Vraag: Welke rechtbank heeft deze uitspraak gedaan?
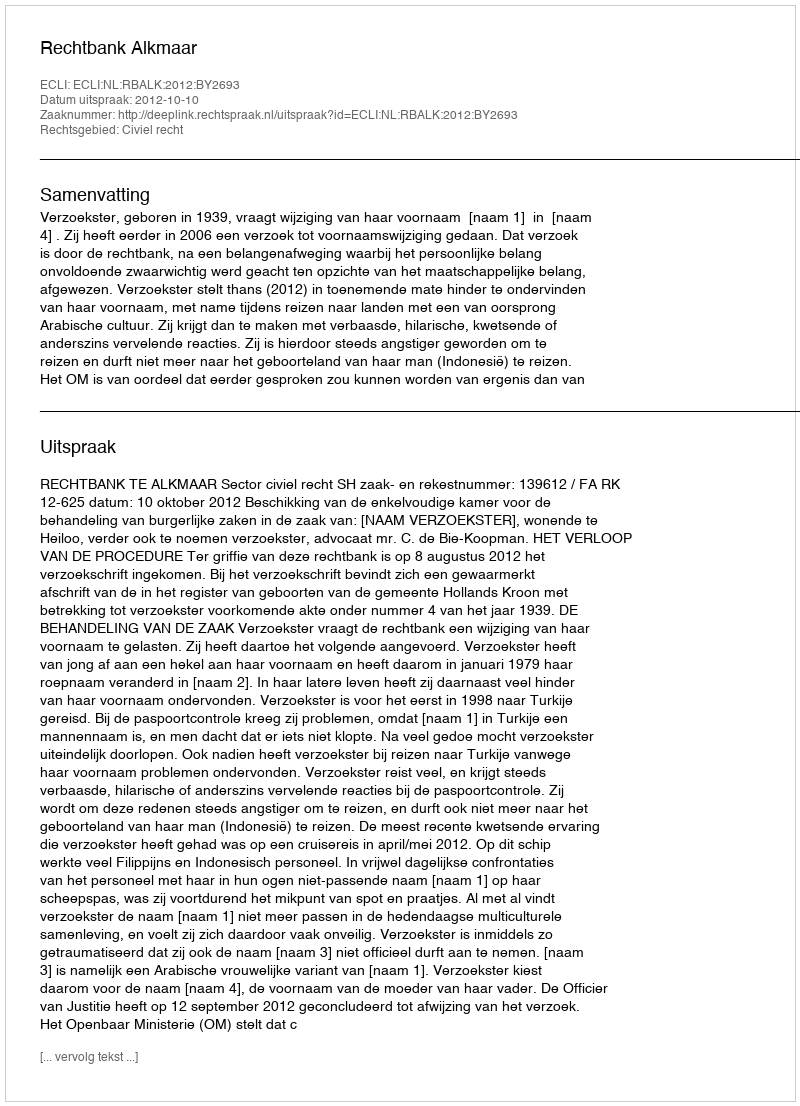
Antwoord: Rechtbank Alkmaar